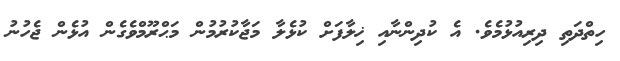
ހިތްދަތި ދިރިއުޅުމެވެ. އެ ކުދިންނާއި ޚިލާފަށް ކުޅެލާ މަޖާކުރުމުން މަޙްރޫމްވެގެން އުޅެން ޖެހުނު